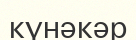
күнәкәр